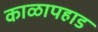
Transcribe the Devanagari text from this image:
काळापहाड